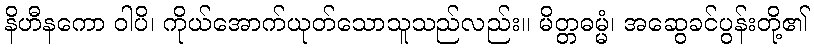
နိဟီနကော ဝါပိ၊ ကိုယ်အောက်ယုတ်သောသူသည်လည်း။ မိတ္တဓမ္မံ၊ အဆွေခင်ပွန်းတို့၏